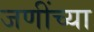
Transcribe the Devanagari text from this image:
जणींच्या